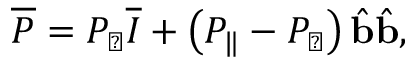
\overline { { \boldsymbol { P } } } = P _ { \perp } \overline { { \boldsymbol { I } } } + \left( P _ { \| } - P _ { \perp } \right) \hat { \mathbf { b } } \hat { \mathbf { b } } ,